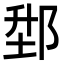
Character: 𨛘